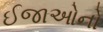
ઈજાઓનો